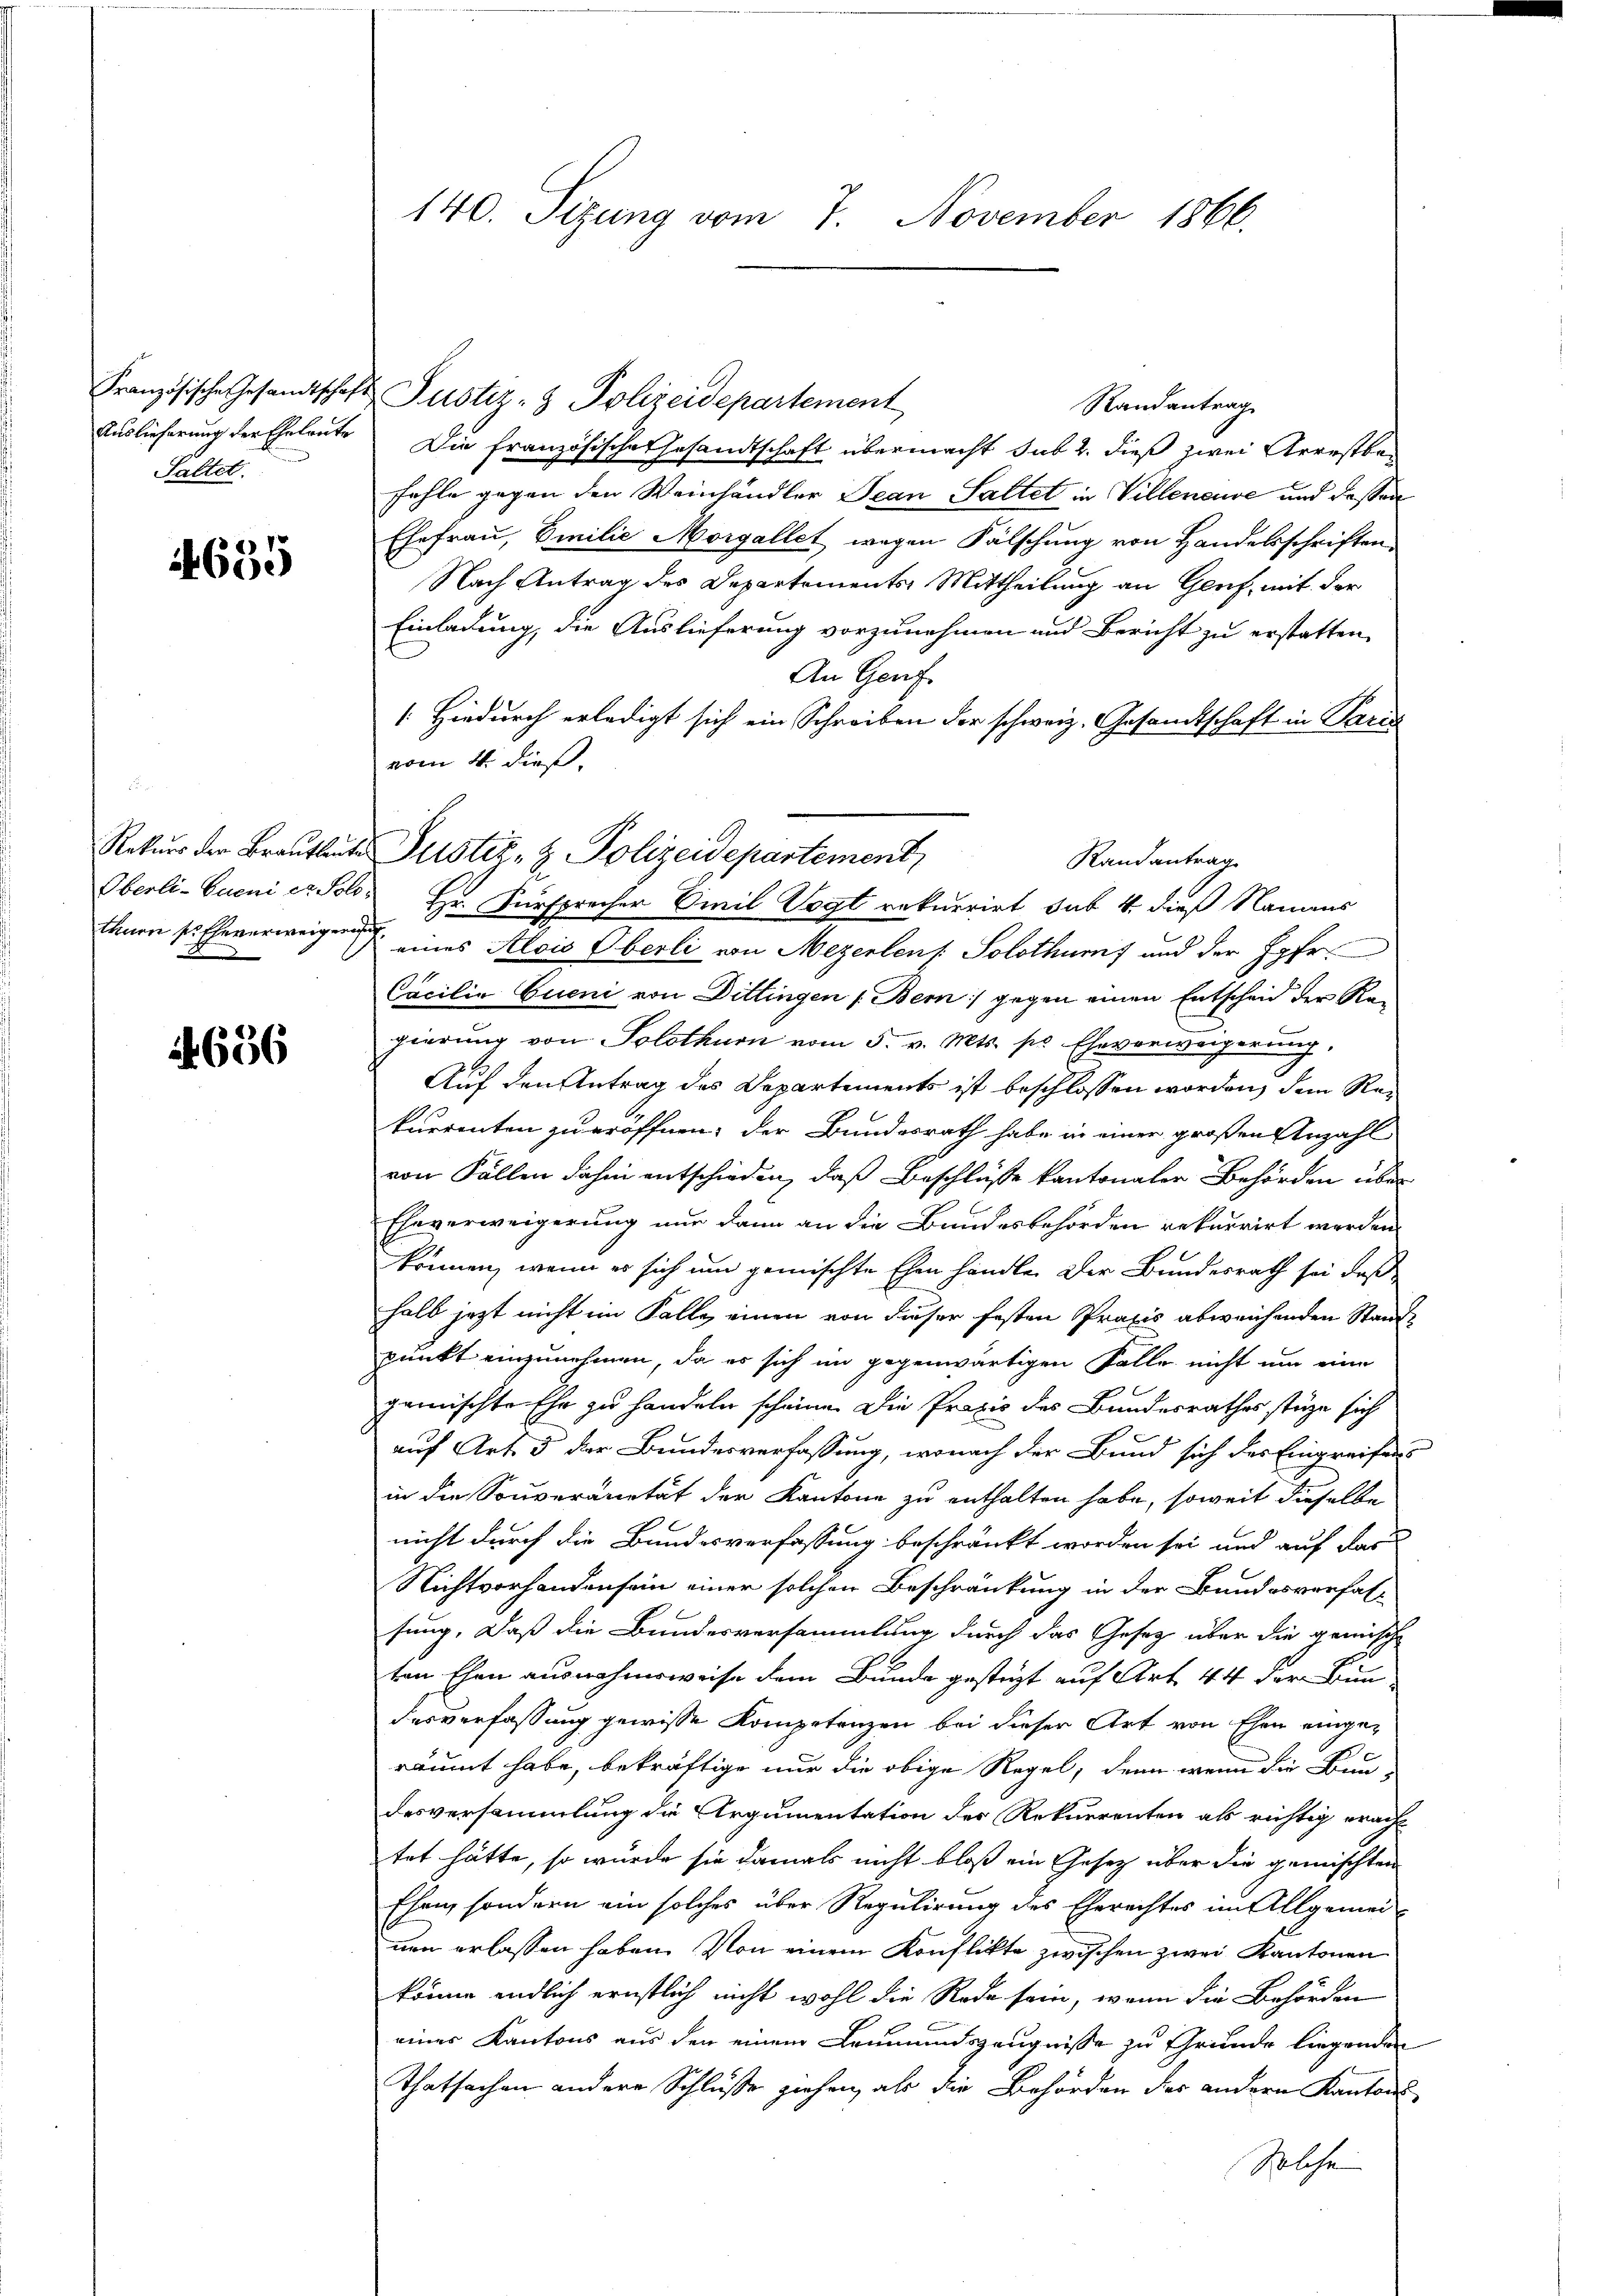
Saltet.

695

656

Französische Gesandtschaft Pustiz- & Polizeidepartement
Randantrag
Auslieferung der Eheleute Die französische Gesandtschaft übermacht sub 2. dieß zwei Arrestbefehle gegen den Weinhändler Jean Sattet in Villeneuve und dassen
Ehefrau, Emilie Morgallet wegen Fälschung von Handelsschriften
Nach Antrag des Departements Mittheilung an Genf, mit der
Einladung, die Auslieferung vorzunehmen und Bericht zu erstatten,
An Genf.
: Hiedurch erledigt sich ein Schreiben der schweiz. Gesandtschaft in Paris
vom 4. dieß.
Randantrag
Oberli-Eueni et Sold Hr. Fürsprecher Emil Vogt rekurrirt sub 4. dieß Namens
thurn so Eheverweigen eines Alois Oberli von Mezerlens Solothurf und der Hofr
Cacilia Cueni von Dittingen (Bern :/ gegen einen Entscheid der Ragierung von Solothurn vom 5. v. Mts. pr Eheverweigerung,
Auf den Antrag des Departements ist beschlossen worden, dem Rekurrenten zu eröffnen, der Bundesrath habe in einer großen Anzahl
von Fällen dahin entschieden, daß Beschlüsse kantonaler Behörden über
Eheverweigerung nur dann an die Bundesbehörden rekurrirt werden.
können, wenn es sich um gemischte Ehen handle. Der Bundesrath sei, daß
halb jetzt nicht im Falle einen von dieser festen Praxis abweichenden Standpunkt einzunehmen, da es sich im gegenwärtigen Falle nicht um eine
gemischte Ehe zu handeln scheine. Die Praxis des Bundesrathes stüze sich
auf Art. 5 der Bundesverfassung, wonach der Bund sich des Eingreifens
in die Souveränetät der Kantone zu enthalten habe, soweit dieselbe
nicht durch die Bundesverfassung beschränkt worden sei und auf das
Nichtvorhandensein einer solchen Beschränkung in der Bundesverfas-
sung. Daß die Bundesversammlung durch das Gesetz über die gemische
ten Ehen ausnahmsweise dem Bunde gestüzt auf Art. 44 der Bundesverfassung gewisse Kompetenzen bei dieser Art von Ehen eingeräumt habe, bekräftige nur die obige Regel, denn wenn die Bun-
desversammlung die Argumentation der Rekurrenten als richtig eracht
tet hätte, so würde sie damals nicht bloß ein Gesetz über die gemischten
Ehen, sondern ein solches über Regulirung des Eherechtes im Allgemei
nen erlassen haben. Von einem Konflikte zwischen zwei Kantonen
könne endlich ernstlich nicht wohl die Rede sein, wenn die Behörden
eines Kantons aus den einem Leumundszeugnisse zu Grunde liegenden
Thatsachen andere Schlusse ziehen, als die Behörden des andern Kantons
Solche

140. Sizung vom 7. November 1866.

Rekŭrs der Brautleute Justiz- & Polizeidepartement,